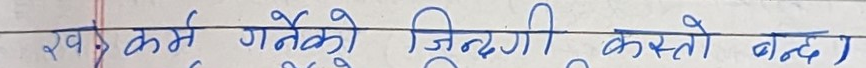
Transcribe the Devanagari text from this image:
स्व कर्म गर्नेको जिन्दगी कस्तो बन्द)